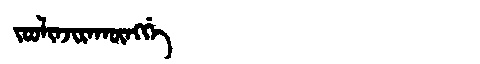
Manchu: ᠵᠣᠣᠯᡳᠨᠵᡳᡵᠠᡴᡡᠩᡤᡝ
Romanization: JOOLINJIRAKŪNGGE